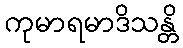
ကုမာရမာဒိသန္တိ